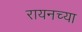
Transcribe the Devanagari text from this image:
रायनच्या